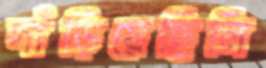
দাঁড়িয়েছিলি